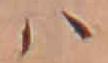
ハ